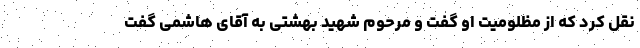
نقل کرد که از مظلومیت او گفت و مرحوم شهید بهشتی به آقای هاشمی گفت